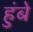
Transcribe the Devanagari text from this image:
हुंबे